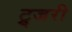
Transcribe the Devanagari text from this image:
ट्र्जरी